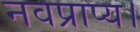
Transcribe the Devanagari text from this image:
नवप्राप्य।